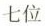
七位